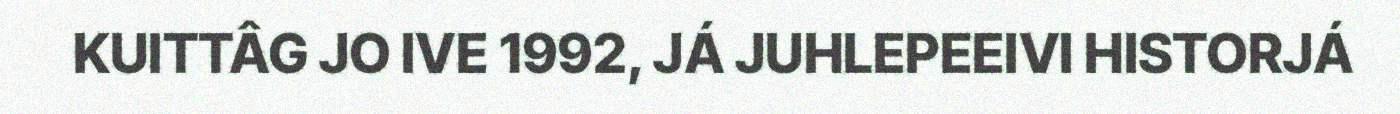
KUITTÂG JO IVE 1992, JÁ JUHLEPEEIVI HISTORJÁ